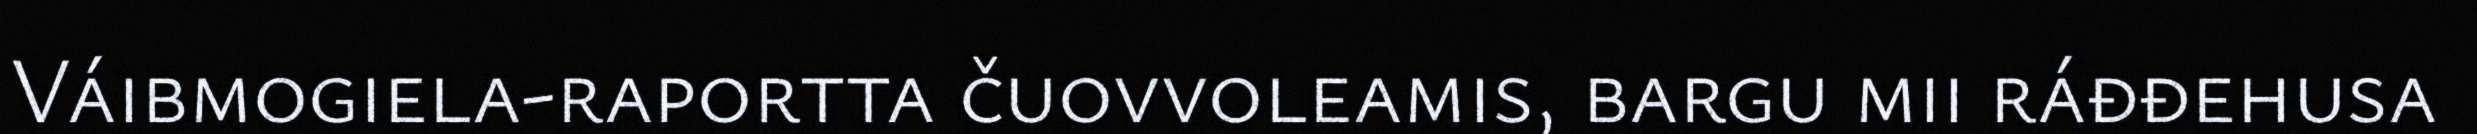
Váibmogiela-raportta čuovvoleamis, bargu mii ráđđehusa